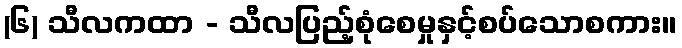
(၆) သီလကထာ - သီလပြည့်စုံစေမှုနှင့်စပ်သောစကား။